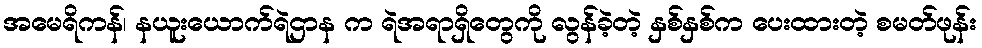
အမေရိကန်၊ နယူးယောက်ရဲဌာန က ရဲအရာရှိတွေကို လွန်ခဲ့တဲ့ နှစ်နှစ်က ပေးထားတဲ့ စမတ်ဖုန်း